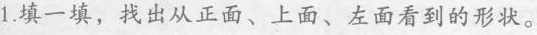
1.填一填，找出从正面、上面、左面看到的形状。